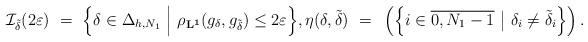
LaTeX: \begin{align*}\mathcal{I}_{\tilde{\delta}} (2\varepsilon)~=~\Big\lbrace \delta \in \Delta_{h,N_{1}}~\Big|~\rho_{\bf{L}^1}(g_\delta, g_{\tilde{\delta}}) \leq 2\varepsilon \Big\rbrace,\eta(\delta, \tilde{\delta})~=~\left(\left\lbrace i \in \overline{0,N_1-1}~\big|~ \delta_i \neq \tilde{\delta}_i \right\rbrace\right).\end{align*}